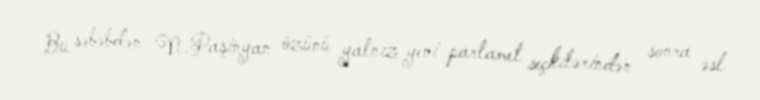
Bu səbəbdən N.Paşinyan özünü yalnız yeni parlamet seçkilərindən sonra əsl